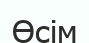
Өсім